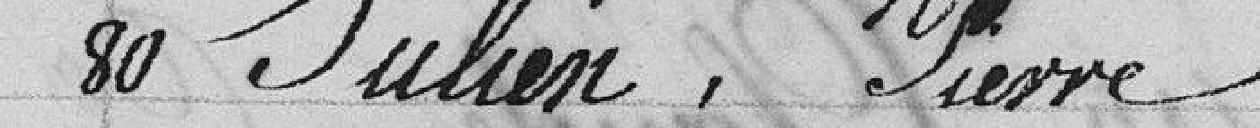
80 Julien, Pierre